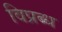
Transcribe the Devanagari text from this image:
विप्रब्ध